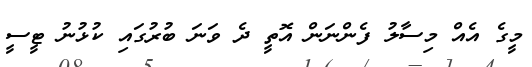
މީގެ އެއް މިސާލު ފެންނަން އޮތީ ދެ ވަނަ ބުރުގައި ކުޅުނު ޓީސީ